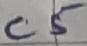
Text: C5